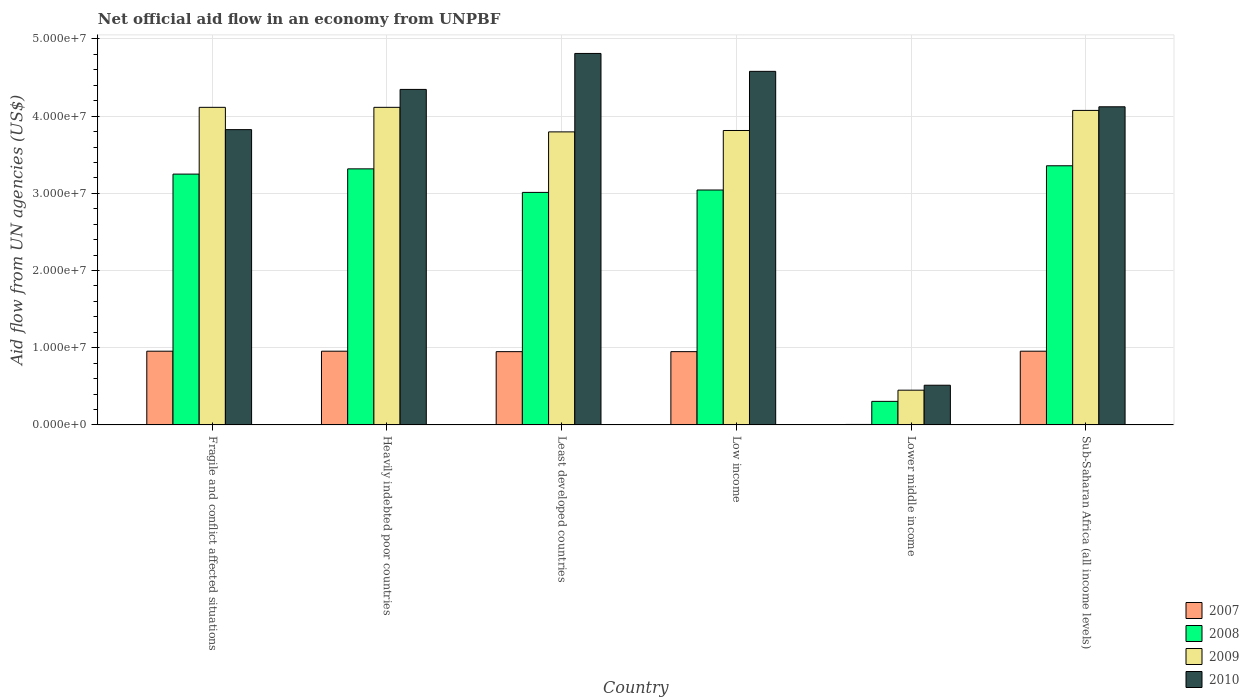
| Country | 2007 | 2008 | 2009 | 2010 |
 | --- | --- | --- | --- | --- |
 | Fragile and conflict affected situations | 9.55e+06 | 3.25e+07 | 4.11e+07 | 3.82e+07 |
 | Heavily indebted poor countries | 9.55e+06 | 3.32e+07 | 4.11e+07 | 4.35e+07 |
 | Least developed countries | 9.49e+06 | 3.01e+07 | 3.8e+07 | 4.81e+07 |
 | Low income | 9.49e+06 | 3.04e+07 | 3.81e+07 | 4.58e+07 |
 | Lower middle income | 6e+04 | 3.05e+06 | 4.5e+06 | 5.14e+06 |
 | Sub-Saharan Africa (all income levels) | 9.55e+06 | 3.36e+07 | 4.07e+07 | 4.12e+07 |